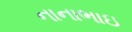
નાનાભાઇ